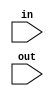
`timescale 1ns/1ps

module Fanout_4(in, out);
    input in;
    input [3:0] out;
    wire IN;
    not NOT0(IN, in);
    not NOT1(out[3], out[2], out[1], out[0], IN);

endmodule